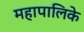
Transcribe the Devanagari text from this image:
महापालिके